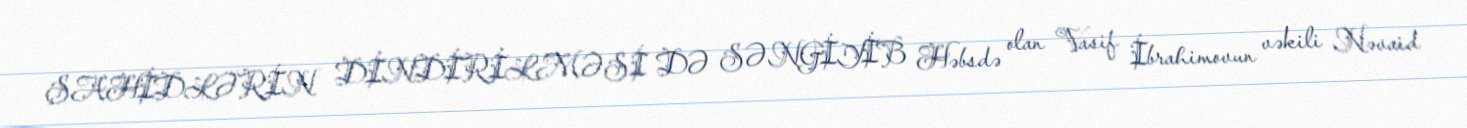
ŞAHİDLƏRİN DİNDİRİLMƏSİ DƏ SƏNGİYİB Həbsdə olan Vasif İbrahimovun vəkili Nəvaid